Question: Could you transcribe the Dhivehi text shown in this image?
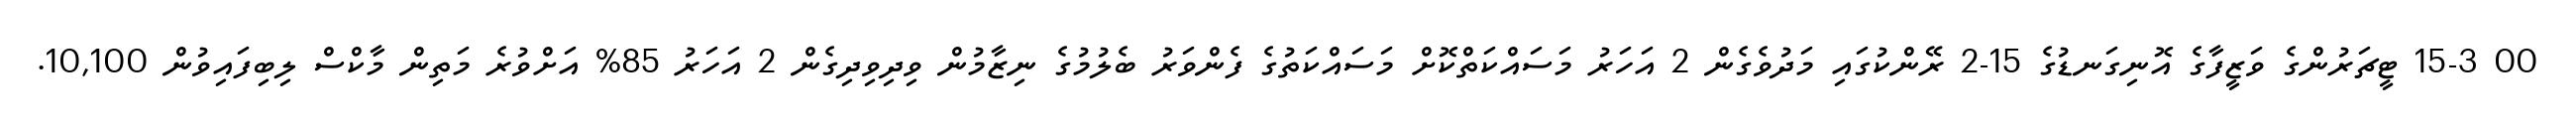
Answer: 00 15-3 ޓީޗަރުންގެ ވަޒީފާގެ އޮނިގަނޑުގެ 15-2 ރޭންކުގައި މަދުވެގެން 2 އަހަރު މަސައްކަތްކޮށް މަސައްކަތުގެ ފެންވަރު ބެލުމުގެ ނިޒާމުން ވިދިވިދިގެން 2 އަހަރު 85% އަށްވުރެ މަތިން މާކްސް ލިބިފައިވުން 10,100.